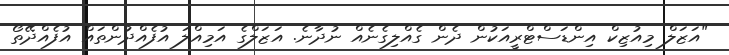
"އަޒަލް މިއުޒިކް އިންޑަސްޓްރީއަކުން ދެން ގެއްލިގެނެއް ނުދާނެ. އަޒަލްގެ އަމިއްލަ އުފެއްދުންތައް އުފެއްދޭތޯ